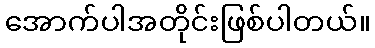
အောက်ပါအတိုင်းဖြစ်ပါတယ်။